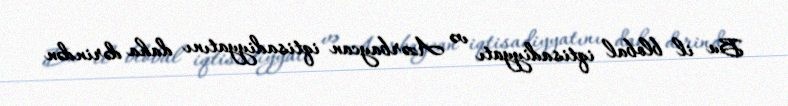
Bu il blobal iqtisadiyyatı və Azərbaycan iqtisadiyyatını daha dərindən